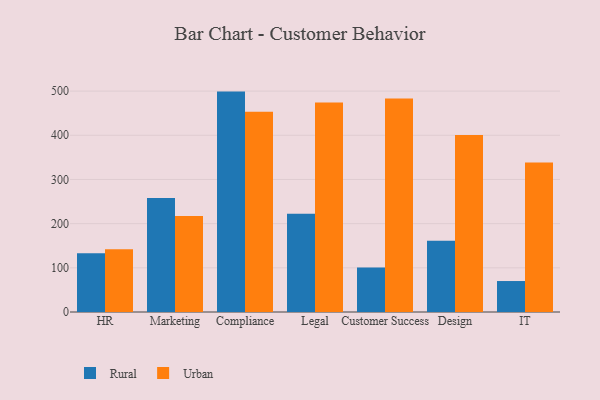
{"axis": {"x": "Department", "y": "Satisfaction Score"}, "legend": ["Rural", "Urban"], "data": [{"x": "HR", "y": 133.2, "type": "Rural"}, {"x": "HR", "y": 142.0, "type": "Urban"}, {"x": "Marketing", "y": 257.9, "type": "Rural"}, {"x": "Marketing", "y": 217.1, "type": "Urban"}, {"x": "Compliance", "y": 498.9, "type": "Rural"}, {"x": "Compliance", "y": 453.3, "type": "Urban"}, {"x": "Legal", "y": 222.4, "type": "Rural"}, {"x": "Legal", "y": 474.4, "type": "Urban"}, {"x": "Customer Success", "y": 100.7, "type": "Rural"}, {"x": "Customer Success", "y": 483.2, "type": "Urban"}, {"x": "Design", "y": 161.3, "type": "Rural"}, {"x": "Design", "y": 400.9, "type": "Urban"}, {"x": "IT", "y": 70.1, "type": "Rural"}, {"x": "IT", "y": 338.6, "type": "Urban"}]}